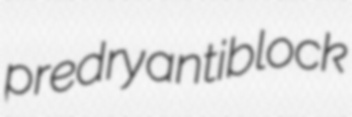
predry antiblock